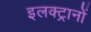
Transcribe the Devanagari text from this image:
इलक्ट्रानों